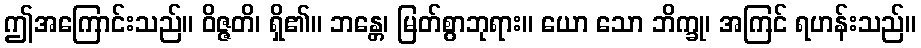
ဤအကြောင်းသည်။ ဝိဇ္ဇတိ၊ ရှိ၏။ ဘန္တေ၊ မြတ်စွာဘုရား။ ယော သော ဘိက္ခု၊ အကြင် ရဟန်းသည်။